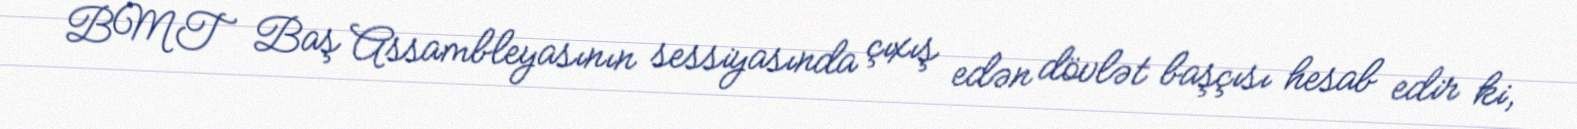
BMT Baş Assambleyasının sessiyasında çıxış edən dövlət başçısı hesab edir ki,